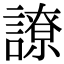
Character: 䜍